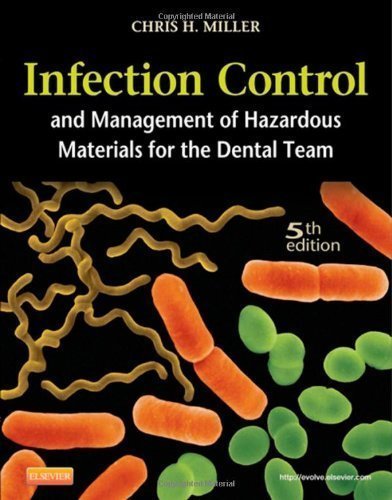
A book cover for Infection Control and Management of Hazardous Materials for the Dental Team, 5e 5th (fifth) Edition by Miller BA MS PhD, Chris H., Palenik MS PhD MBA, Charles published by Mosby (2013); Medical Books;